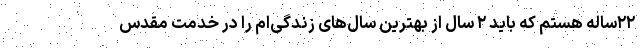
۲۲ساله هستم که باید ۲ سال از بهترین سال‌های زندگی‌ام را در خدمت مقدس